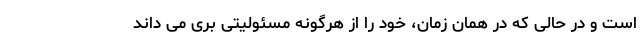
است و در حالی که در همان زمان، خود را از هرگونه مسئولیتی بَری می داند